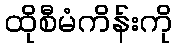
ထိုစီမံကိန်းကို